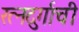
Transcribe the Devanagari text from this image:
रत्‍नदुर्गाची